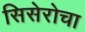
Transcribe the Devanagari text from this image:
सिसेरोचा